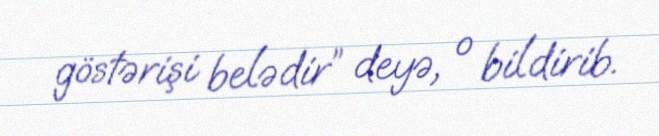
göstərişi belədir” deyə, o bildirib.